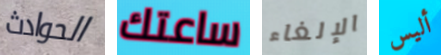
الحوادث ساعتك الإلغاء أليس